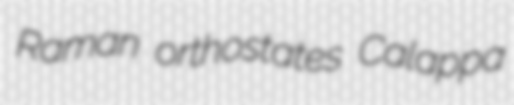
Raman orthostates Calappa